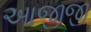
આજીજી